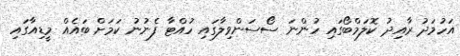
އަހުމަދު ރާއިދު ކޮލަމްބޯގައި ހުންނަ ސޯސަންވިލާގައި ހުއްޓާ ފެނުނު ކަމަށް ބައެއް މީޑިއާގައި